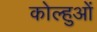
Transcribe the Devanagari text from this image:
कोल्हुओं